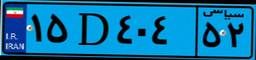
۱۵D۴۰۴۵۲